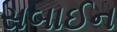
સબાઈન